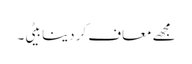
مجھے معاف کر دینا بیٹی۔